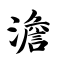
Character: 澹